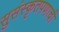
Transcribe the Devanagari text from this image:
सुसंस्कृतपणाची